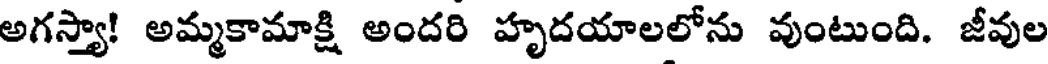
అగస్త్యా! అమ్మకామాక్షి అందరి హృదయాలలోను వుంటుంది. జీవుల